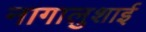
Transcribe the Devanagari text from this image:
नागालुशाई